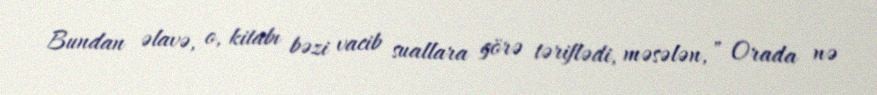
Bundan əlavə, o, kitabı bəzi vacib suallara görə təriflədi, məsələn, " Orada nə